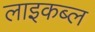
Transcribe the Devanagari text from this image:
लाइकब्ल